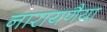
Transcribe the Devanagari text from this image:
नारायणैया